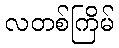
လတစ်ကြိမ်